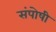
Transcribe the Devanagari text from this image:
संपोषी